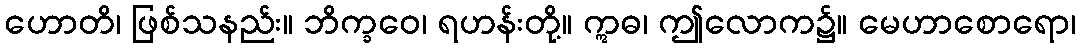
ဟောတိ၊ ဖြစ်သနည်း။ ဘိက္ခဝေ၊ ရဟန်းတို့။ ဣဓ၊ ဤလောက၌။ မေဟာစောရော၊